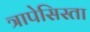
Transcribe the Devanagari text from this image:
त्रापेसिस्ता